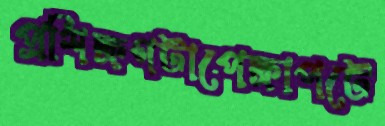
প্রশিক্ষণটাপেক্ষাপটে